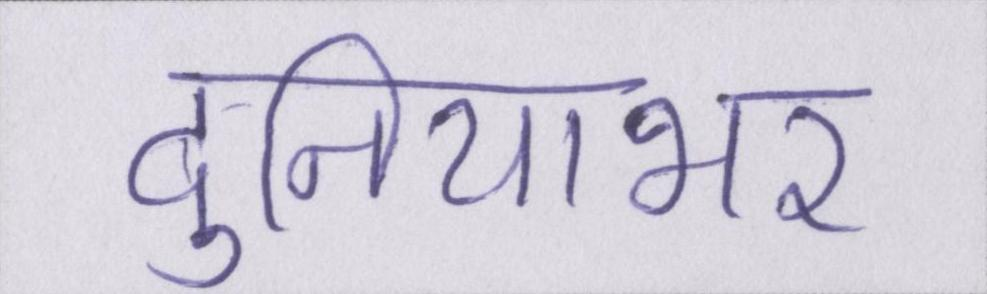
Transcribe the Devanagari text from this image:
दुनियाभर